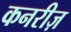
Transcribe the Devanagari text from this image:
कनरीज़